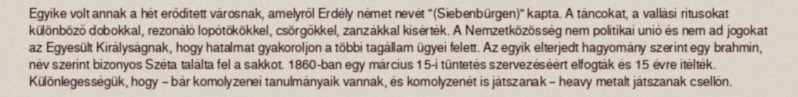
Egyike volt annak a hét erődített városnak, amelyről Erdély német nevét "(Siebenbürgen)" kapta. A táncokat, a vallási rítusokat különböző dobokkal, rezonáló lopótökökkel, csörgőkkel, zanzákkal kísérték. A Nemzetközösség nem politikai unió és nem ad jogokat az Egyesült Királyságnak, hogy hatalmat gyakoroljon a többi tagállam ügyei felett. Az egyik elterjedt hagyomány szerint egy brahmin, név szerint bizonyos Széta találta fel a sakkot. 1860-ban egy március 15-i tüntetés szervezéséért elfogták és 15 évre ítélték. Különlegességük, hogy – bár komolyzenei tanulmányaik vannak, és komolyzenét is játszanak – heavy metalt játszanak csellón.